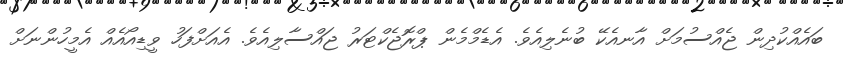
ބައެއްކުދިން ޖެއްސުމަށް އާނއެކޭ ބުނެލިއެވެ. އެޑެމްމެން ޕްރޮޖެކްޓަރު ޖައްސާލިއެވެ. އެއަށްފަހު ވީޑިއޯއެއް އެމީހުންނަށް